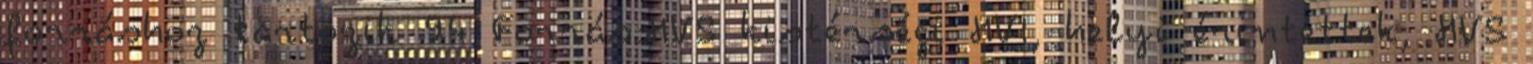
forráshoz tartozik 94 Forrás:HVS kistérségi HVI, helyi érintettek, HVS